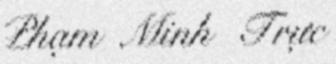
Phạm Minh Trực